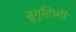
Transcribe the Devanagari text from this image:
सुगृहिणी